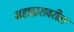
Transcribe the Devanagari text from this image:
महाद्वारावरील